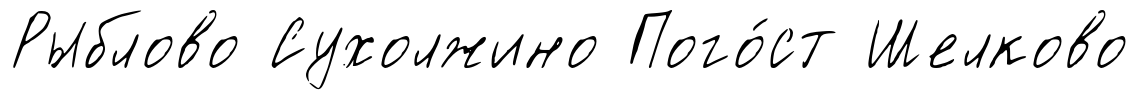
Рыблово Сухолжино Пого́ст Шелково